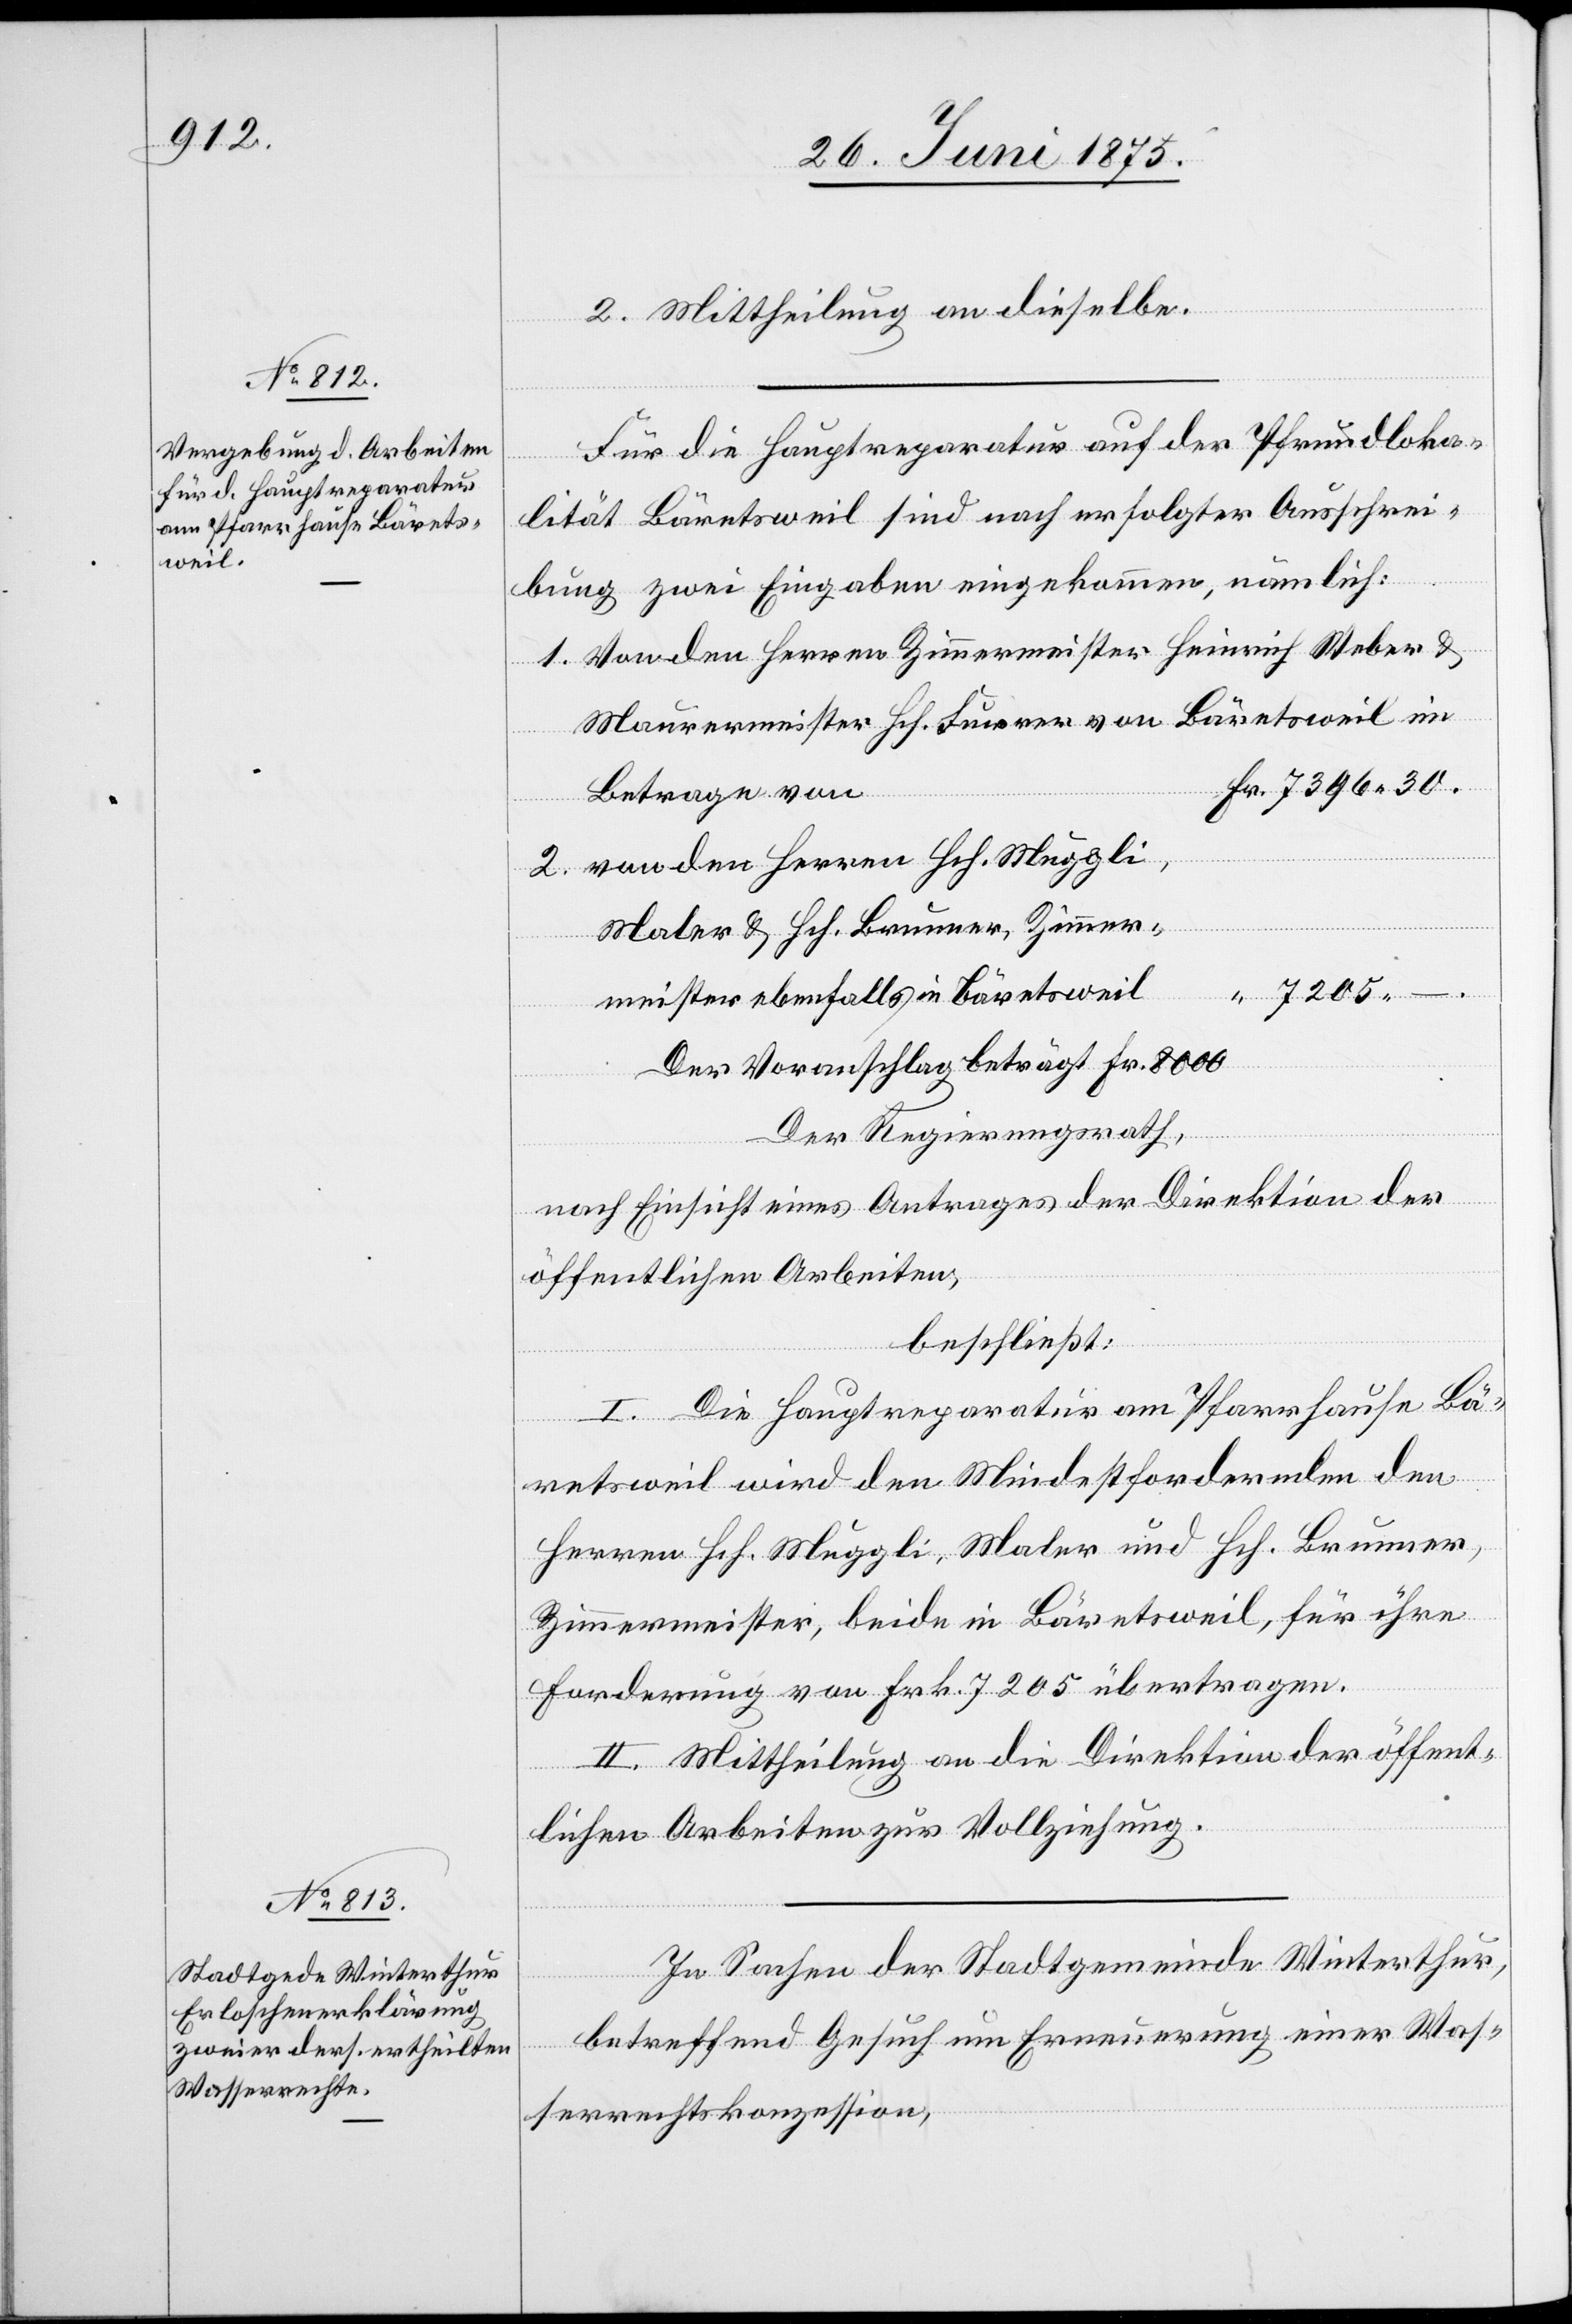
2. Mittheilung an dieselbe.
–.
Für die Hauptreparatur auf der Pfrundloka¬
Bäretsweil
lität Bäretsweil sind nach erfolgter Ausschrei¬
bung zwei Eingaben eingekommen, nämlich:
Von den Herren Zimmermeister Heinrich Weber &
Maurermeister Hch. Furrer von Bäretsweil im
Fr.
Betrage von
von den Herren Hch. Muggli,
Maler & Hch. Brunner, Zimmer¬
Voranschlag beträgt Fr. 8000.
Der Regierungsrath,
nach Einsicht eines Antrages der Direktion der
öffentlichen Arbeiten,
beschließt:
I. Die Hauptreparatur am Pfarrhause Bä¬
retsweil wird den Mindestfordernden den
Herren Hch. Muggli, Maler und Hch. Brunner,
Zimmermeister, beide in Bäretsweil, für ihre
Forderung von Frk. 7205 übertragen.
II. Mittheilung an die Direktion der öffent¬
in
lichen Arbeiten zur Vollziehung.
In Sachen der Stadtgemeine Winterthur,
betreffend Gesuch um Erneuerung einer Was¬
serrechtskonzession,